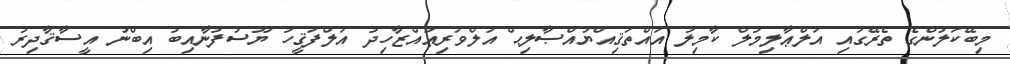
މިބޭކަލުންގެ ތެރޭގައި އަލްޢާލިމުލް ކާމިލު އައްތަޤިއްޔުއްޞާލިޙް އަލްވަރިޢުއްޒާހިދު އަލްފަޤީހު ޔޫސުފުނާއިބު އިބްނު އީސާޤާދިރު